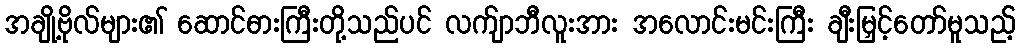
အချို့ဗိုလ်များ၏ ဆောင်ဓားကြီးတို့သည်ပင် လက်ျာဘီလူးအား အလောင်းမင်းကြီး ချီးမြှင့်တော်မူသည့်